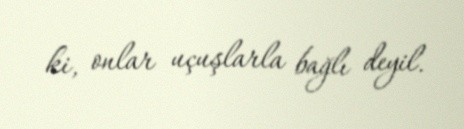
ki, onlar uçuşlarla bağlı deyil.